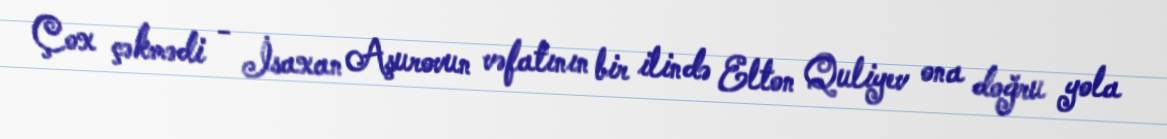
Çox çəkmədi - İsaxan Aşurovun vəfatının bir ilində Elton Quliyev ona doğru yola